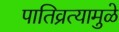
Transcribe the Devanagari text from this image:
पातिव्रत्यामुळे